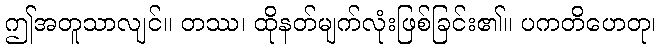
ဤအတူသာလျင်။ တဿ၊ ထိုနတ်မျက်လုံးဖြစ်ခြင်း၏။ ပကတိဟေတု၊